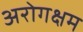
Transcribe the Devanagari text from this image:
अरोगक्षम